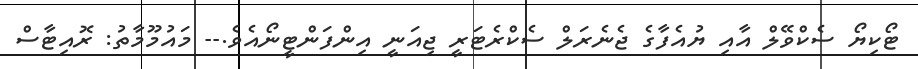
ޓޯކިޔޯ ސެކްވޭލް އާއި ޔުއެފާގެ ޖެނެރަލް ސެކްރެޓަރީ ޖިއަނީ އިންފަންޓީނޯއެވެ.-- މައުމޫމާތު: ރޮއިޓާސް